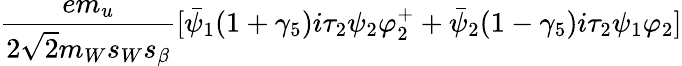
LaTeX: \frac{em_{u}}{2\sqrt{2}m_{W}s_{W}s_{\beta}}[\bar{\psi}_{1}(1+\gamma_{5})i\tau_{2}\psi_{2}\varphi_{2}^{+}+\bar{\psi}_{2}(1-\gamma_{5})i\tau_{2}\psi_{1}\varphi_{2}]